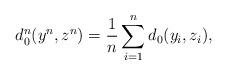
LaTeX: \begin{align*} d_0^n(y^n,z^n) = \frac{1}{n} \sum_{i=1}^n d_0(y_i,z_i), \end{align*}